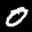
Label: 0